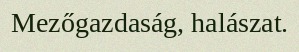
Mezőgazdaság, halászat.